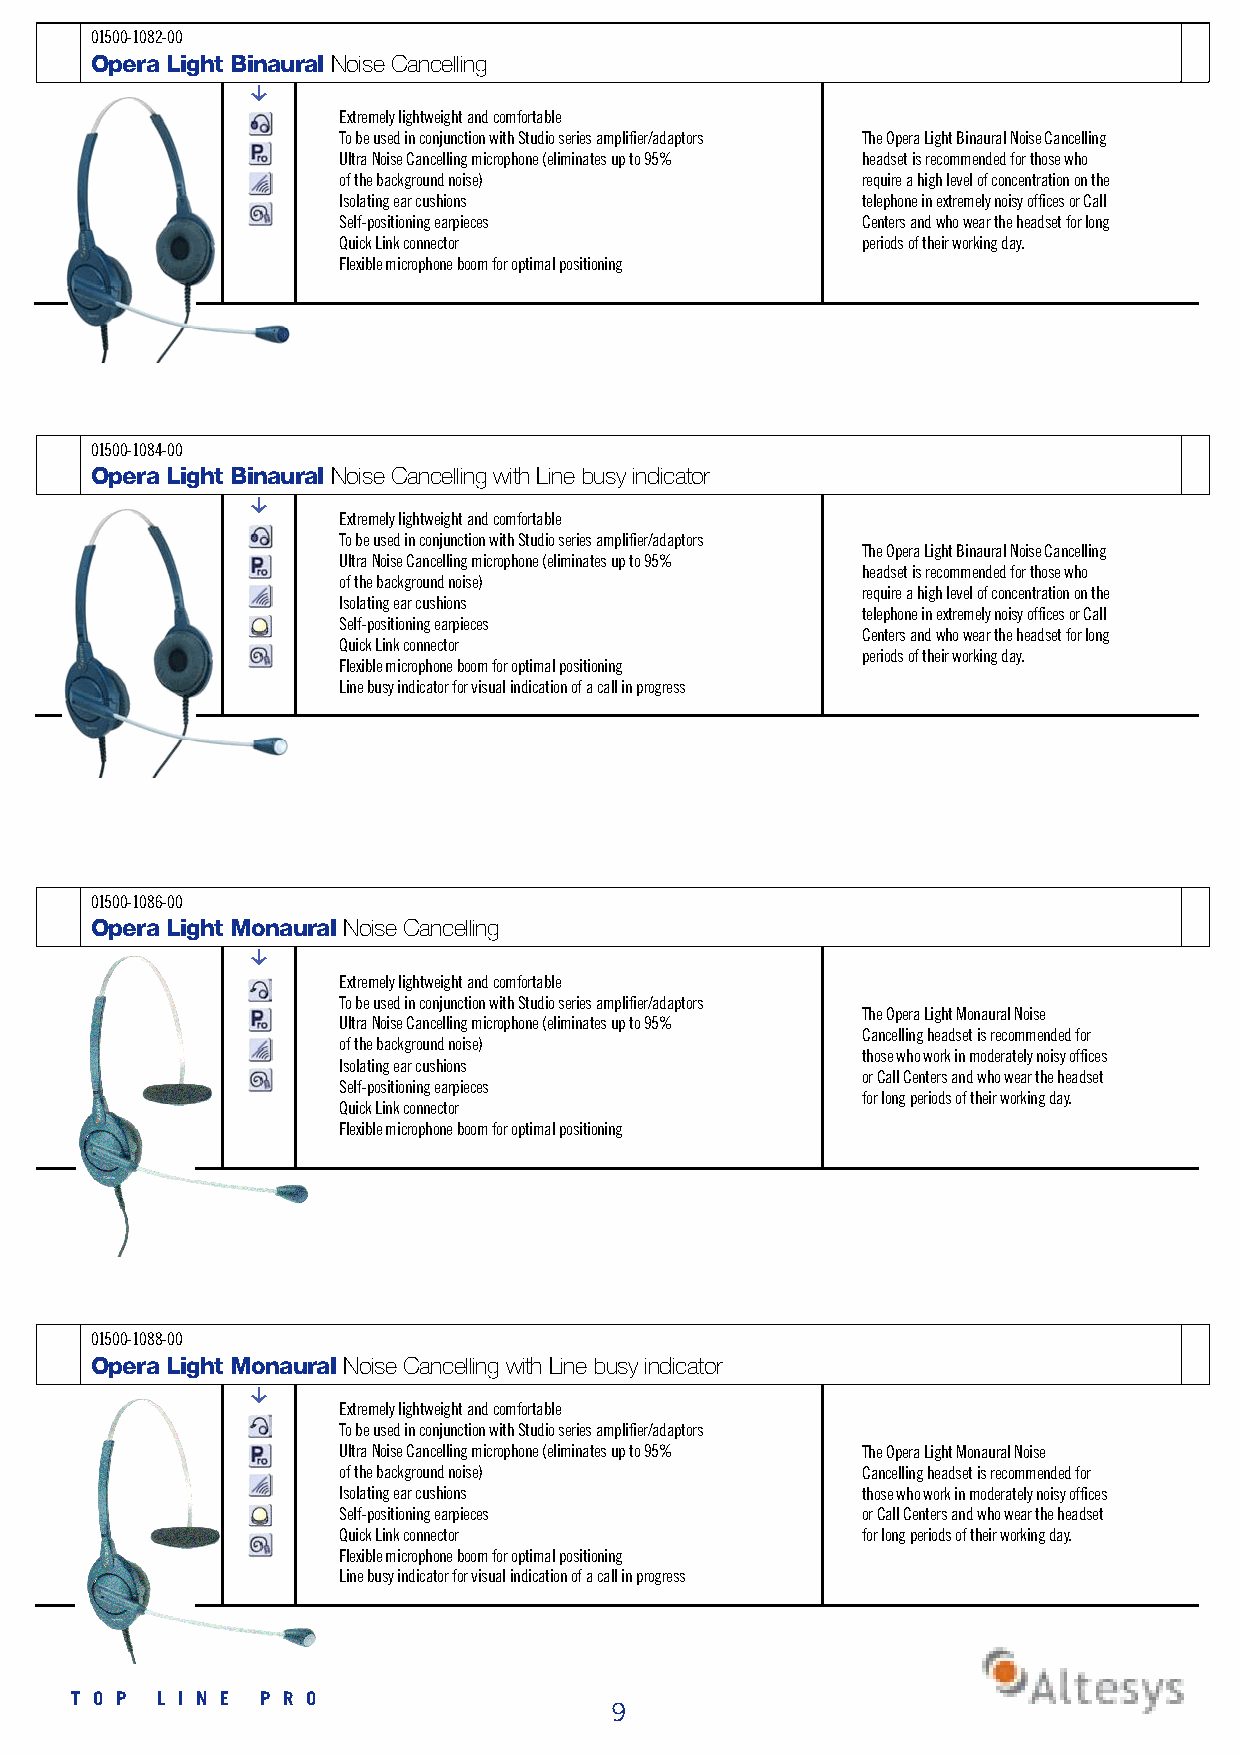
0 1 5 0 0 - 1 0 8 2 - 0 0
 Opera Light Binaural Noise Cancelling
 g
 Extremely lightweight and comfortable
 To be used in conjunction with Studio series amplifier/adaptors The Opera Light Binaural Noise Cancelling
 Ultra Noise Cancelling microphone (eliminates up to 95% headset is recommended for those who
 of the background noise)           require a high level of concentration on the
 Isolating ear cushions             telephone in extremely noisy offices or Call
 Self-positioning earpieces         Centers and who wear the headset for long
 Quick Link connector               periods of their working day.
 Flexible microphone boom for optimal positioning
 0 1 5 0 0 - 1 0 8 4 - 0 0
 Opera Light Binaural Noise Cancelling with Line busy indicator
 g
 Extremely lightweight and comfortable
 To be used in conjunction with Studio series amplifier/adaptors
 The Opera Light Binaural Noise Cancelling
 Ultra Noise Cancelling microphone (eliminates up to 95%
 headset is recommended for those who
 of the background noise)
 require a high level of concentration on the
 Isolating ear cushions
 telephone in extremely noisy offices or Call
 Self-positioning earpieces
 Centers and who wear the headset for long
 Quick Link connector
 periods of their working day.
 Flexible microphone boom for optimal positioning
 Line busy indicator for visual indication of a call in progress
 0 1 5 0 0 - 1 0 8 6 - 0 0
 Opera Light Monaural Noise Cancelling
 g
 Extremely lightweight and comfortable
 To be used in conjunction with Studio series amplifier/adaptors
 The Opera Light Monaural Noise
 Ultra Noise Cancelling microphone (eliminates up to 95%
 Cancelling headset is recommended for
 of the background noise)
 those who work in moderately noisy offices
 Isolating ear cushions
 or Call Centers and who wear the headset
 Self-positioning earpieces
 for long periods of their working day.
 Quick Link connector
 Flexible microphone boom for optimal positioning
 0 1 5 0 0 - 1 0 8 8 - 0 0
 Opera Light Monaural Noise Cancelling with Line busy indicator
 g
 Extremely lightweight and comfortable
 To be used in conjunction with Studio series amplifier/adaptors
 Ultra Noise Cancelling microphone (eliminates up to 95% The Opera Light Monaural Noise
 of the background noise)           Cancelling headset is recommended for
 Isolating ear cushions             those who work in moderately noisy offices
 Self-positioning earpieces         or Call Centers and who wear the headset
 Quick Link connector               for long periods of their working day.
 Flexible microphone boom for optimal positioning
 Line busy indicator for visual indication of a call in progress
 T O P L I N E P R O
 9